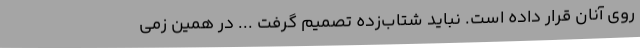
روی آنان قرار داده است. نباید شتاب‌زده تصمیم گرفت ... در همین زمی